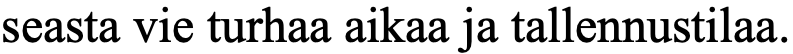
seasta vie turhaa aikaa ja tallennustilaa.